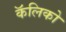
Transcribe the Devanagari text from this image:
कॅलिको